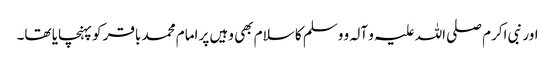
اور نبی اکرم صلی اللہ علیہ و آلہ و وسلم کا سلام بھی وہیں پر امام محمد باقر کو پہنچایا تھا۔